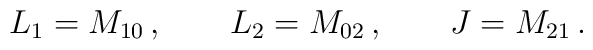
L_1 = M_{10} \, , \qquad  L_2 = M_{02} \, , \qquad J=M_{21} \, .